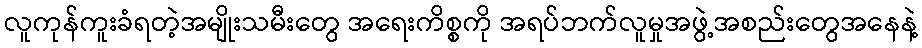
လူကုန်ကူးခံရတဲ့အမျိုးသမီးတွေ အရေးကိစ္စကို အရပ်ဘက်လူမှုအဖွဲ့အစည်းတွေအနေနဲ့